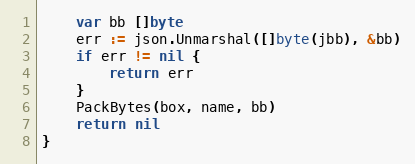
Language: Go
	var bb []byte
	err := json.Unmarshal([]byte(jbb), &bb)
	if err != nil {
		return err
	}
	PackBytes(box, name, bb)
	return nil
}